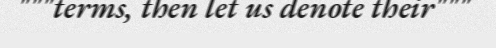
"""terms, then let us denote their"""